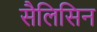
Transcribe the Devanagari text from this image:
सैलिसिन